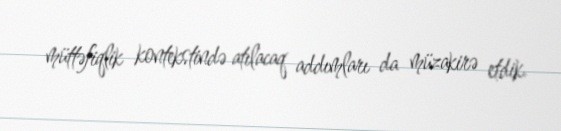
müttəfiqlik kontekstində atılacaq addımları da müzakirə etdik.